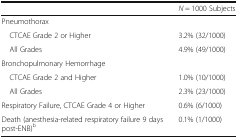
<table><thead><tr><td>[EMPTY_CELL]</td><td><b><i>N</i> = 1000 Subjects</b></td></tr></thead><tbody><tr><td colspan="2">Pneumothorax</td></tr><tr><td> CTCAE Grade 2 or Higher</td><td>3.2% (32/1000)</td></tr><tr><td> All Grades</td><td>4.9% (49/1000)</td></tr><tr><td colspan="2">Bronchopulmonary Hemorrhage</td></tr><tr><td> CTCAE Grade 2 and Higher</td><td>1.0% (10/1000)</td></tr><tr><td> All Grades</td><td>2.3% (23/1000)</td></tr><tr><td>Respiratory Failure, CTCAE Grade 4 or Higher</td><td>0.6% (6/1000)</td></tr><tr><td>Death (anesthesia-related respiratory failure 9 days post-ENB)<sup>b</sup></td><td>0.1% (1/1000)</td></tr></tbody></table>